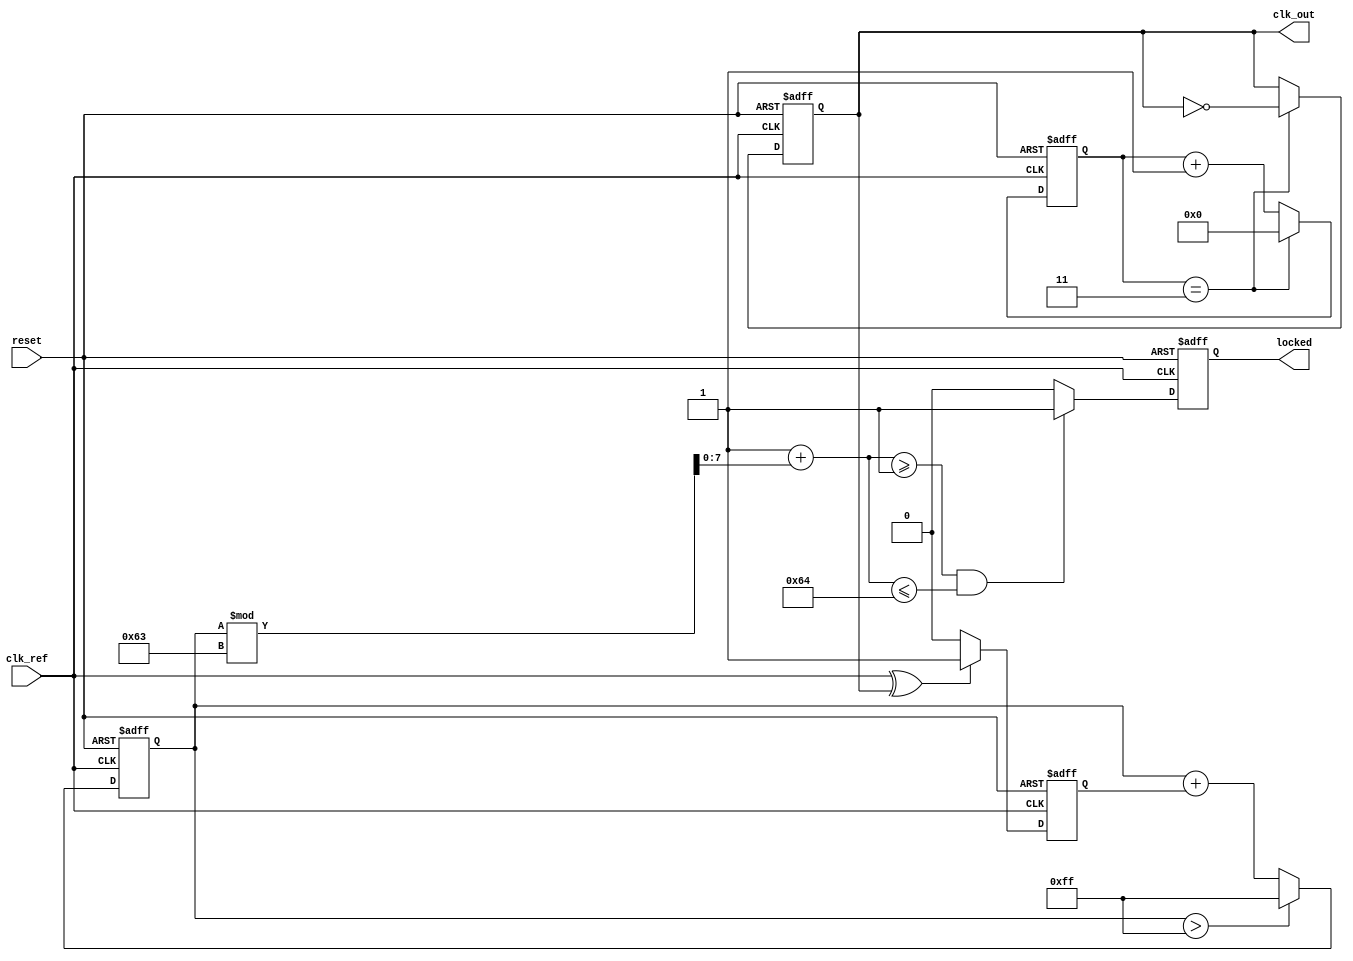
module PLL (
    input wire clk_ref,         // Reference clock input
    input wire reset,          // Asynchronous reset signal
    output reg clk_out,        // Output clock from VCO
    output reg locked          // Lock status indicator
);

    // Parameters for simulation
    parameter DIV_FACTOR = 4; // Frequency division factor
    parameter VCO_MAX = 100;   // Max frequency output of VCO
    parameter VCO_MIN = 1;     // Min frequency output of VCO

    // Internal signals
    wire phase_error;          // Phase error signal
    wire charge_pump_out;      // Charge pump output
    reg [7:0] loop_filter;      // Loop filter output (simple accumulator)
    reg [7:0] vco_frequency;    // VCO output frequency
    reg [3:0] counter;          // Frequency divider counter

    // State for locked status
    initial begin
        locked = 0;
        vco_frequency = 50; // Start at midpoint for frequency
    end

    // Phase Detector: Simple XOR based
    assign phase_error = clk_ref ^ clk_out;

    // Charge Pump: Simple implementation
    always @ (posedge clk_ref or negedge reset) begin
        if (!reset) begin
            charge_pump_out <= 0;
        end else begin
            charge_pump_out <= phase_error ? 1 : 0; // Charge if phase_error is high
        end
    end

    // Loop Filter: Basic accumulator for charge pump output
    always @ (posedge clk_ref or negedge reset) begin
        if (!reset) begin
            loop_filter <= 0;
        end else begin
            loop_filter <= loop_filter + charge_pump_out; // Simple low-pass filter behavior
            // Limit loop_filter for simulation
            if (loop_filter > 255) loop_filter <= 255;
        end
    end

    // Voltage-Controlled Oscillator (VCO)
    always @* begin
        vco_frequency = VCO_MIN + loop_filter[7:0] % (VCO_MAX - VCO_MIN);
    end

    // Frequency Divider
    always @ (posedge clk_ref or negedge reset) begin
        if (!reset) begin
            counter <= 0;
            clk_out <= 0;
            locked <= 0;
        end else begin
            if (counter == DIV_FACTOR - 1) begin
                clk_out <= ~clk_out; // Toggle output clock
                counter <= 0;
            end else begin
                counter <= counter + 1;
            end

            // Lock detection (simple threshold for example)
            if (vco_frequency >= VCO_MIN && vco_frequency <= VCO_MAX) begin
                locked <= 1;
            end else begin
                locked <= 0;
            end
        end
    end

endmodule